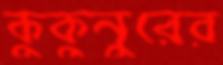
কুকুনুরের